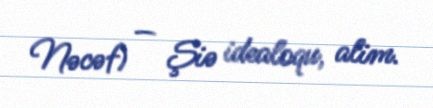
Nəcəf) — Şiə idealoqu, alim.